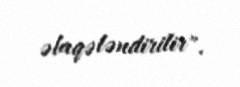
əlaqələndirilir".